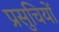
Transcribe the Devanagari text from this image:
प्रसुचियों